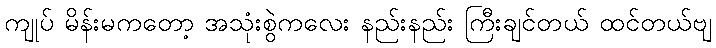
ကျုပ် မိန်းမကတော့ အသုံးစွဲကလေး နည်းနည်း ကြီးချင်တယ် ထင်တယ်ဗျ